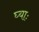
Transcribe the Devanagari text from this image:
घ्‍याः